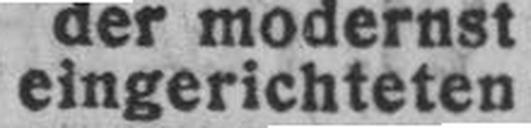
eingerichteten